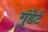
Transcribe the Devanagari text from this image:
गुंडेर्ट